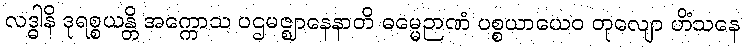
လဒ္ဓါနိ ဒုရစ္စယန္တိ အက္ကောသ ပဌမဇ္ဈာနေနာတိ ဓမ္မေဉာဏံ ပစ္စယာယေဝ တုလျော ဟိံသနေ